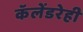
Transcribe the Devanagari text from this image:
कॅलेंडरेही